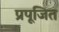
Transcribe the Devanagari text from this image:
प्रपूजित